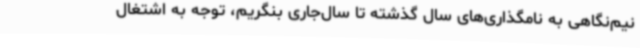
نیم‌نگاهی به نامگذاری‌های سال گذشته تا سال‌جاری بنگریم، توجه به اشتغال